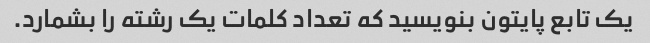
یک تابع پایتون بنویسید که تعداد کلمات یک رشته را بشمارد.